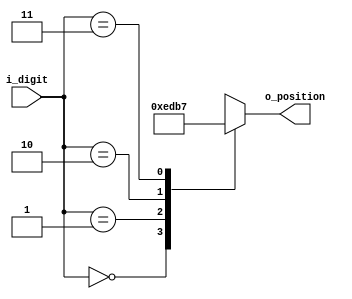
module FND_position_decoder(
    input [1:0] i_digit,
    output [3:0] o_position
    );

    reg [3:0] r_position;
    assign o_position = r_position;

    always @(*) begin
        case (i_digit)
            2'b00 : r_position <= 4'b1110; 
            2'b01 : r_position <= 4'b1101; 
            2'b10 : r_position <= 4'b1011; 
            2'b11 : r_position <= 4'b0111; 
        endcase
    end
endmodule